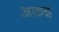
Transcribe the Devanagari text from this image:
अकइ